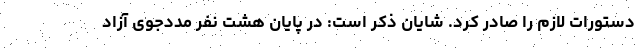
دستورات لازم را صادر کرد. شایان ذکر است: در پایان هشت نفر مددجوی آزاد